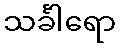
သင်္ခါရော